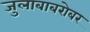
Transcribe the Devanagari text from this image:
जुलाबाबरोबर